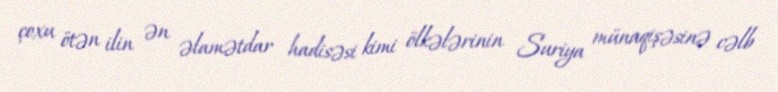
çoxu ötən ilin ən əlamətdar hadisəsi kimi ölkələrinin Suriya münaqişəsinə cəlb